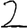
Digit: 2